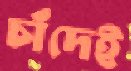
চাঁদেই